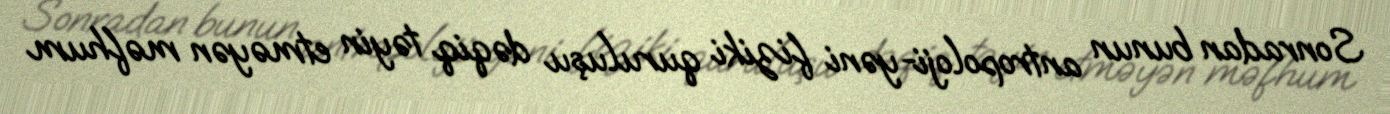
Sonradan bunun antropoloji-yəni fiziki quruluşu dəqiq təyin etməyən məfhum